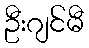
ဦးဂျင်မီ